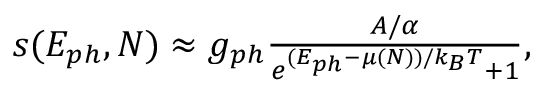
\begin{array} { r } { s ( E _ { p h } , N ) \approx g _ { p h } \frac { A / \alpha } { e ^ { ( E _ { p h } - \mu ( N ) ) / k _ { B } T } + 1 } , } \end{array}